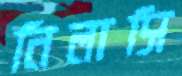
নিলাসি